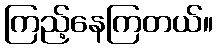
ကြည့်နေကြတယ်။